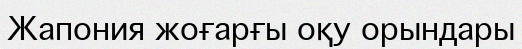
Жапония жоғарғы оқу орындары